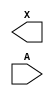
module sky130_fd_sc_hd__clkdlybuf4s15 (
    X,
    A
);

    output X;
    input  A;

    // Voltage supply signals
    supply1 VPWR;
    supply0 VGND;
    supply1 VPB ;
    supply0 VNB ;

endmodule